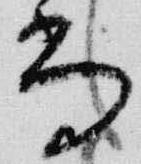
尚